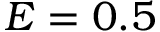
E = 0 . 5